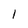
Character: 1